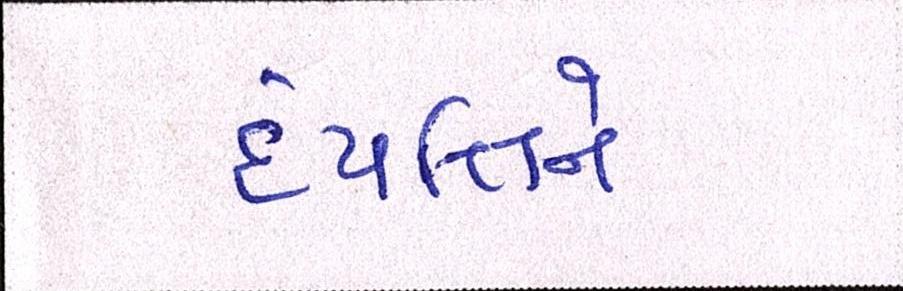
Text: દંપત્તિને